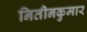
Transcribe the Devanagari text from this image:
नितीनकुमार